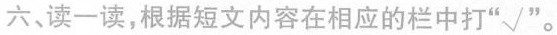
六、读一读,根据短文内容在相应的栏中打"√"。